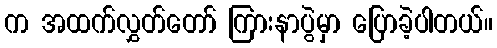
က အထက်လွှတ်တော် ကြားနာပွဲမှာ ပြောခဲ့ပါတယ်။